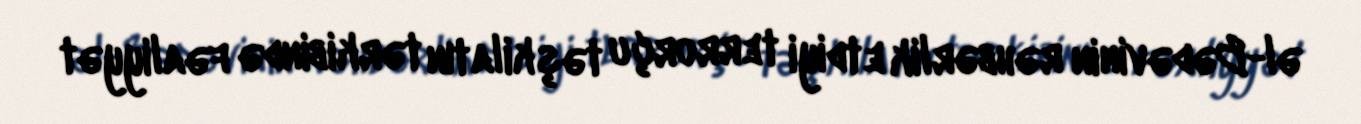
əl-Bədəvinin rəhbərlik etdiyi terrorçu təşkilatın tərkibində fəaliyyət